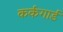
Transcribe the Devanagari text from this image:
कर्कगार्ड